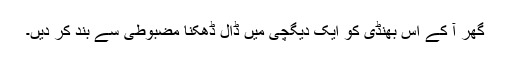
گھر آ کے اس بھنڈی کو ایک دیگچی میں ڈال ڈھکنا مضبوطی سے بند کر دیں۔